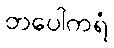
တပေါကရံ